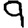
Digit: 9